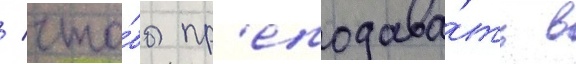
/ что́бы пр'еподава́ть в